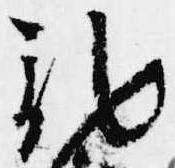
記